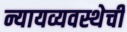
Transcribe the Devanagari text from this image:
न्यायव्यवस्थेची